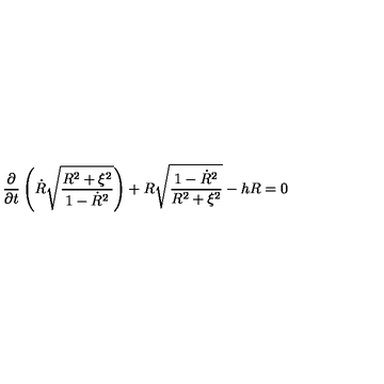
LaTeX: \frac { \partial } { \partial t } \left( \dot { R } \sqrt { \frac { R ^ { 2 } + \xi ^ { 2 } } { 1 - \dot { R } ^ { 2 } } } \right) + R \sqrt { \frac { 1 - \dot { R } ^ { 2 } } { R ^ { 2 } + \xi ^ { 2 } } } - h R = 0